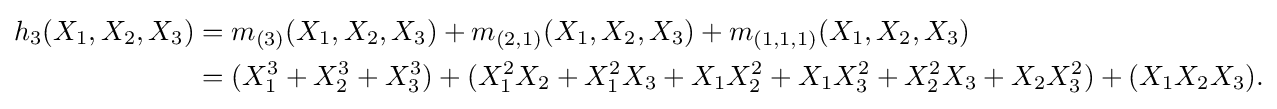
{\begin{aligned}h_{3}(X_{1},X_{2},X_{3})&=m_{(3)}(X_{1},X_{2},X_{3})+m_{(2,1)}(X_{1},X_{2},X_{3})+m_{(1,1,1)}(X_{1},X_{2},X_{3})\\&=(X_{1}^{3}+X_{2}^{3}+X_{3}^{3})+(X_{1}^{2}X_{2}+X_{1}^{2}X_{3}+X_{1}X_{2}^{2}+X_{1}X_{3}^{2}+X_{2}^{2}X_{3}+X_{2}X_{3}^{2})+(X_{1}X_{2}X_{3}).\\\end{aligned}}